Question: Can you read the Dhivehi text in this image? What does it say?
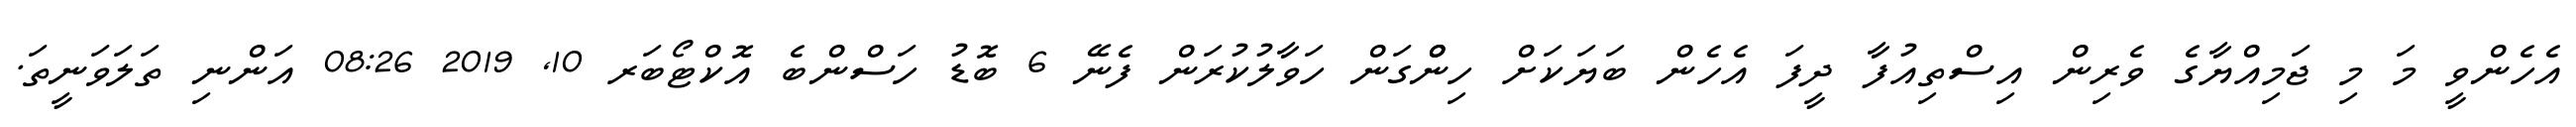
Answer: އެހެންވީ މަ މި ޖަމިއްޔާގެ ވެރިން އިސްތިއުފާ ދީފަ އެހެން ބަޔަކަށް ހިންްގަން ހަވާލުކުރަން ފެނޭ 6 ބޮޑު ހަސްންބެ އޮކްޓޯބަރ 10, 2019 08:26 އަންނި ތަލަވަނީތަ.